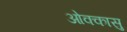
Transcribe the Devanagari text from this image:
ओक्कासु